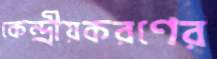
কেন্দ্রীয়করণের